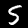
Label: 5